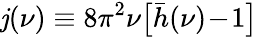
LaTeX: \mathit{j}(\nu)\equiv8\pi^{2}\nu\big[\bar{{h}}(\nu)\! -\! 1\big]